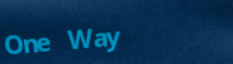
One Way